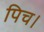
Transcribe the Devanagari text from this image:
पिच।